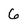
Character: 6